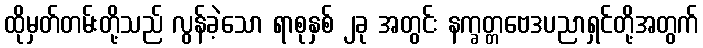
ထိုမှတ်တမ်းတို့သည် လွန်ခဲ့သော ရာစုနှစ် ၂ခု အတွင်း နက္ခတ္တဗေဒပညာရှင်တို့အတွက်